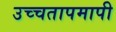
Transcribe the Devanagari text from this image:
उच्चतापमापी